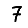
Digit: 7